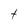
Character: t